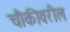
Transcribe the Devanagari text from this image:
चौकीवरील